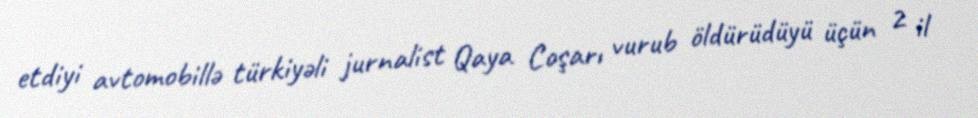
etdiyi avtomobillə türkiyəli jurnalist Qaya Coşarı vurub öldürüdüyü üçün 2 il